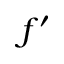
f ^ { \prime }